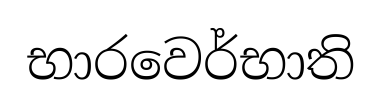
භාරවෙර්භාති